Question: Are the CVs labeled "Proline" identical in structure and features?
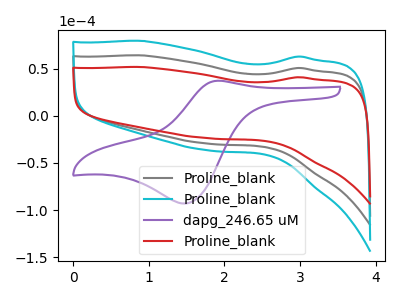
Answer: <think>The gray curve "Proline_blank" has no peaks. The cyan curve "Proline_blank" has no peaks. The purple curve "dapg_246.65 uM" has an anodic peak at (1.90V, 37.05uA) and a cathodic peak at (1.45V, -93.05uA). The red curve "Proline_blank" has no peaks.
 Neither "Proline_blank" or "Proline_blank" have any peaks. "Proline_blank" and "dapg_246.65 uM" have a different number of peaks. Neither "Proline_blank" or "Proline_blank" have any peaks. "Proline_blank" and "dapg_246.65 uM" have a different number of peaks. Neither "Proline_blank" or "Proline_blank" have any peaks. "dapg_246.65 uM" and "Proline_blank" have a different number of peaks.</think>
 <answer>All the CV's of "Proline" have similar shape.</answer>
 <eval>follow_rule</eval>